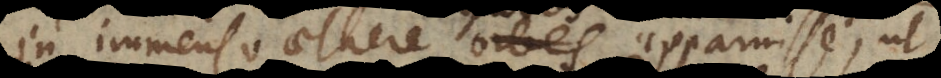
in immenso aethere orbes apparuisse,